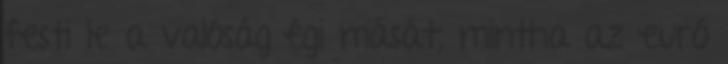
festi le a valóság égi mását, mintha az euró